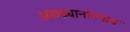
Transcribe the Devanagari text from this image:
आंवढ्यानागनाथ